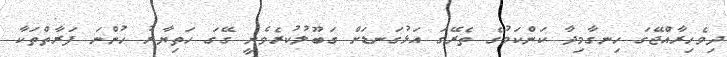
ދިވެހިރާއްޖޭގަ ހިނގާމިދާ ކަންކަމުގެ ތެރޭގަ އަޅުގަނޑަށް ގަބޫލުކުރެވެނީ ގޭގަ ހަތިޔާރު ހުންނަ ފަރާތްތަކާ